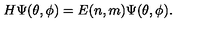
H \Psi ( \theta , \phi ) = E ( n , m ) \Psi ( \theta , \phi ) .